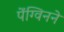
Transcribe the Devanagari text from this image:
पेंग्विनने